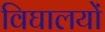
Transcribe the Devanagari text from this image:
विघालयों